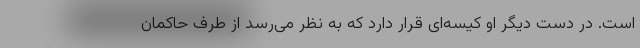
است. در دست دیگر او کیسه‌ای قرار دارد که به نظر می‌رسد از طرف حاکمان